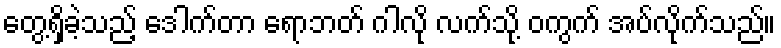
တွေ့ရှိခဲ့သည့် ဒေါက်တာ ရောဘတ် ဂါလို လက်သို့ ဝကွက် အပ်လိုက်သည်။